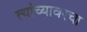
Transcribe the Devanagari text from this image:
त्यांच्यावरचा